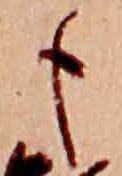
も